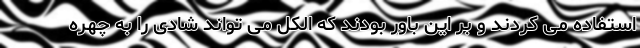
استفاده می کردند و بر این باور بودند که الکل می تواند شادی را به چهره